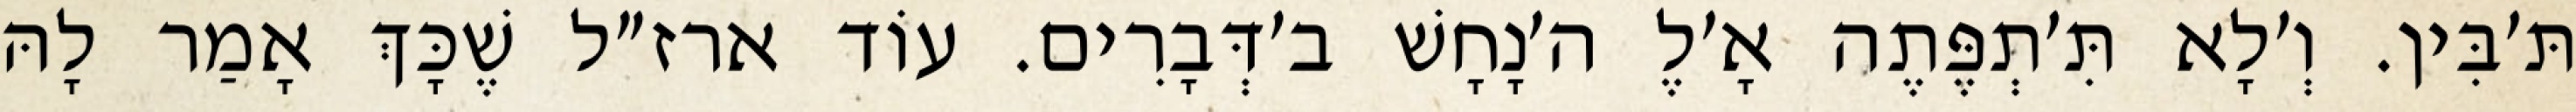
תּ׳בִּין. וְ׳לָא תִּ׳תְפֶּתֶה אָ׳לֶ ה׳נָחָשׁ ב׳דְּבָרִים. עוֹד ארז״ל שֶׁכָּךְ אָמַר לָהּ